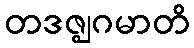
တဒဇ္ဈဂမာတိ